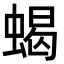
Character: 蝎